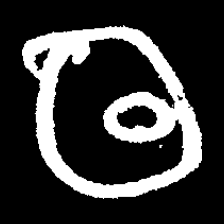
Pyu character \u2014 Myanmar letter: ထ (romanized: tha)